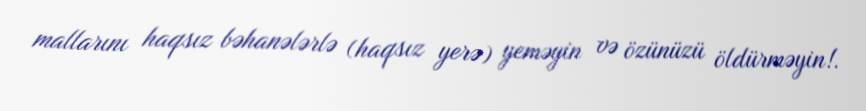
mallarını haqsız bəhanələrlə (haqsız yerə) yeməyin və özünüzü öldürməyin!.